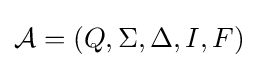
{\mathcal {A}}=(Q,\Sigma ,\Delta ,I,F)